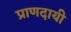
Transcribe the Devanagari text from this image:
प्राणदायी